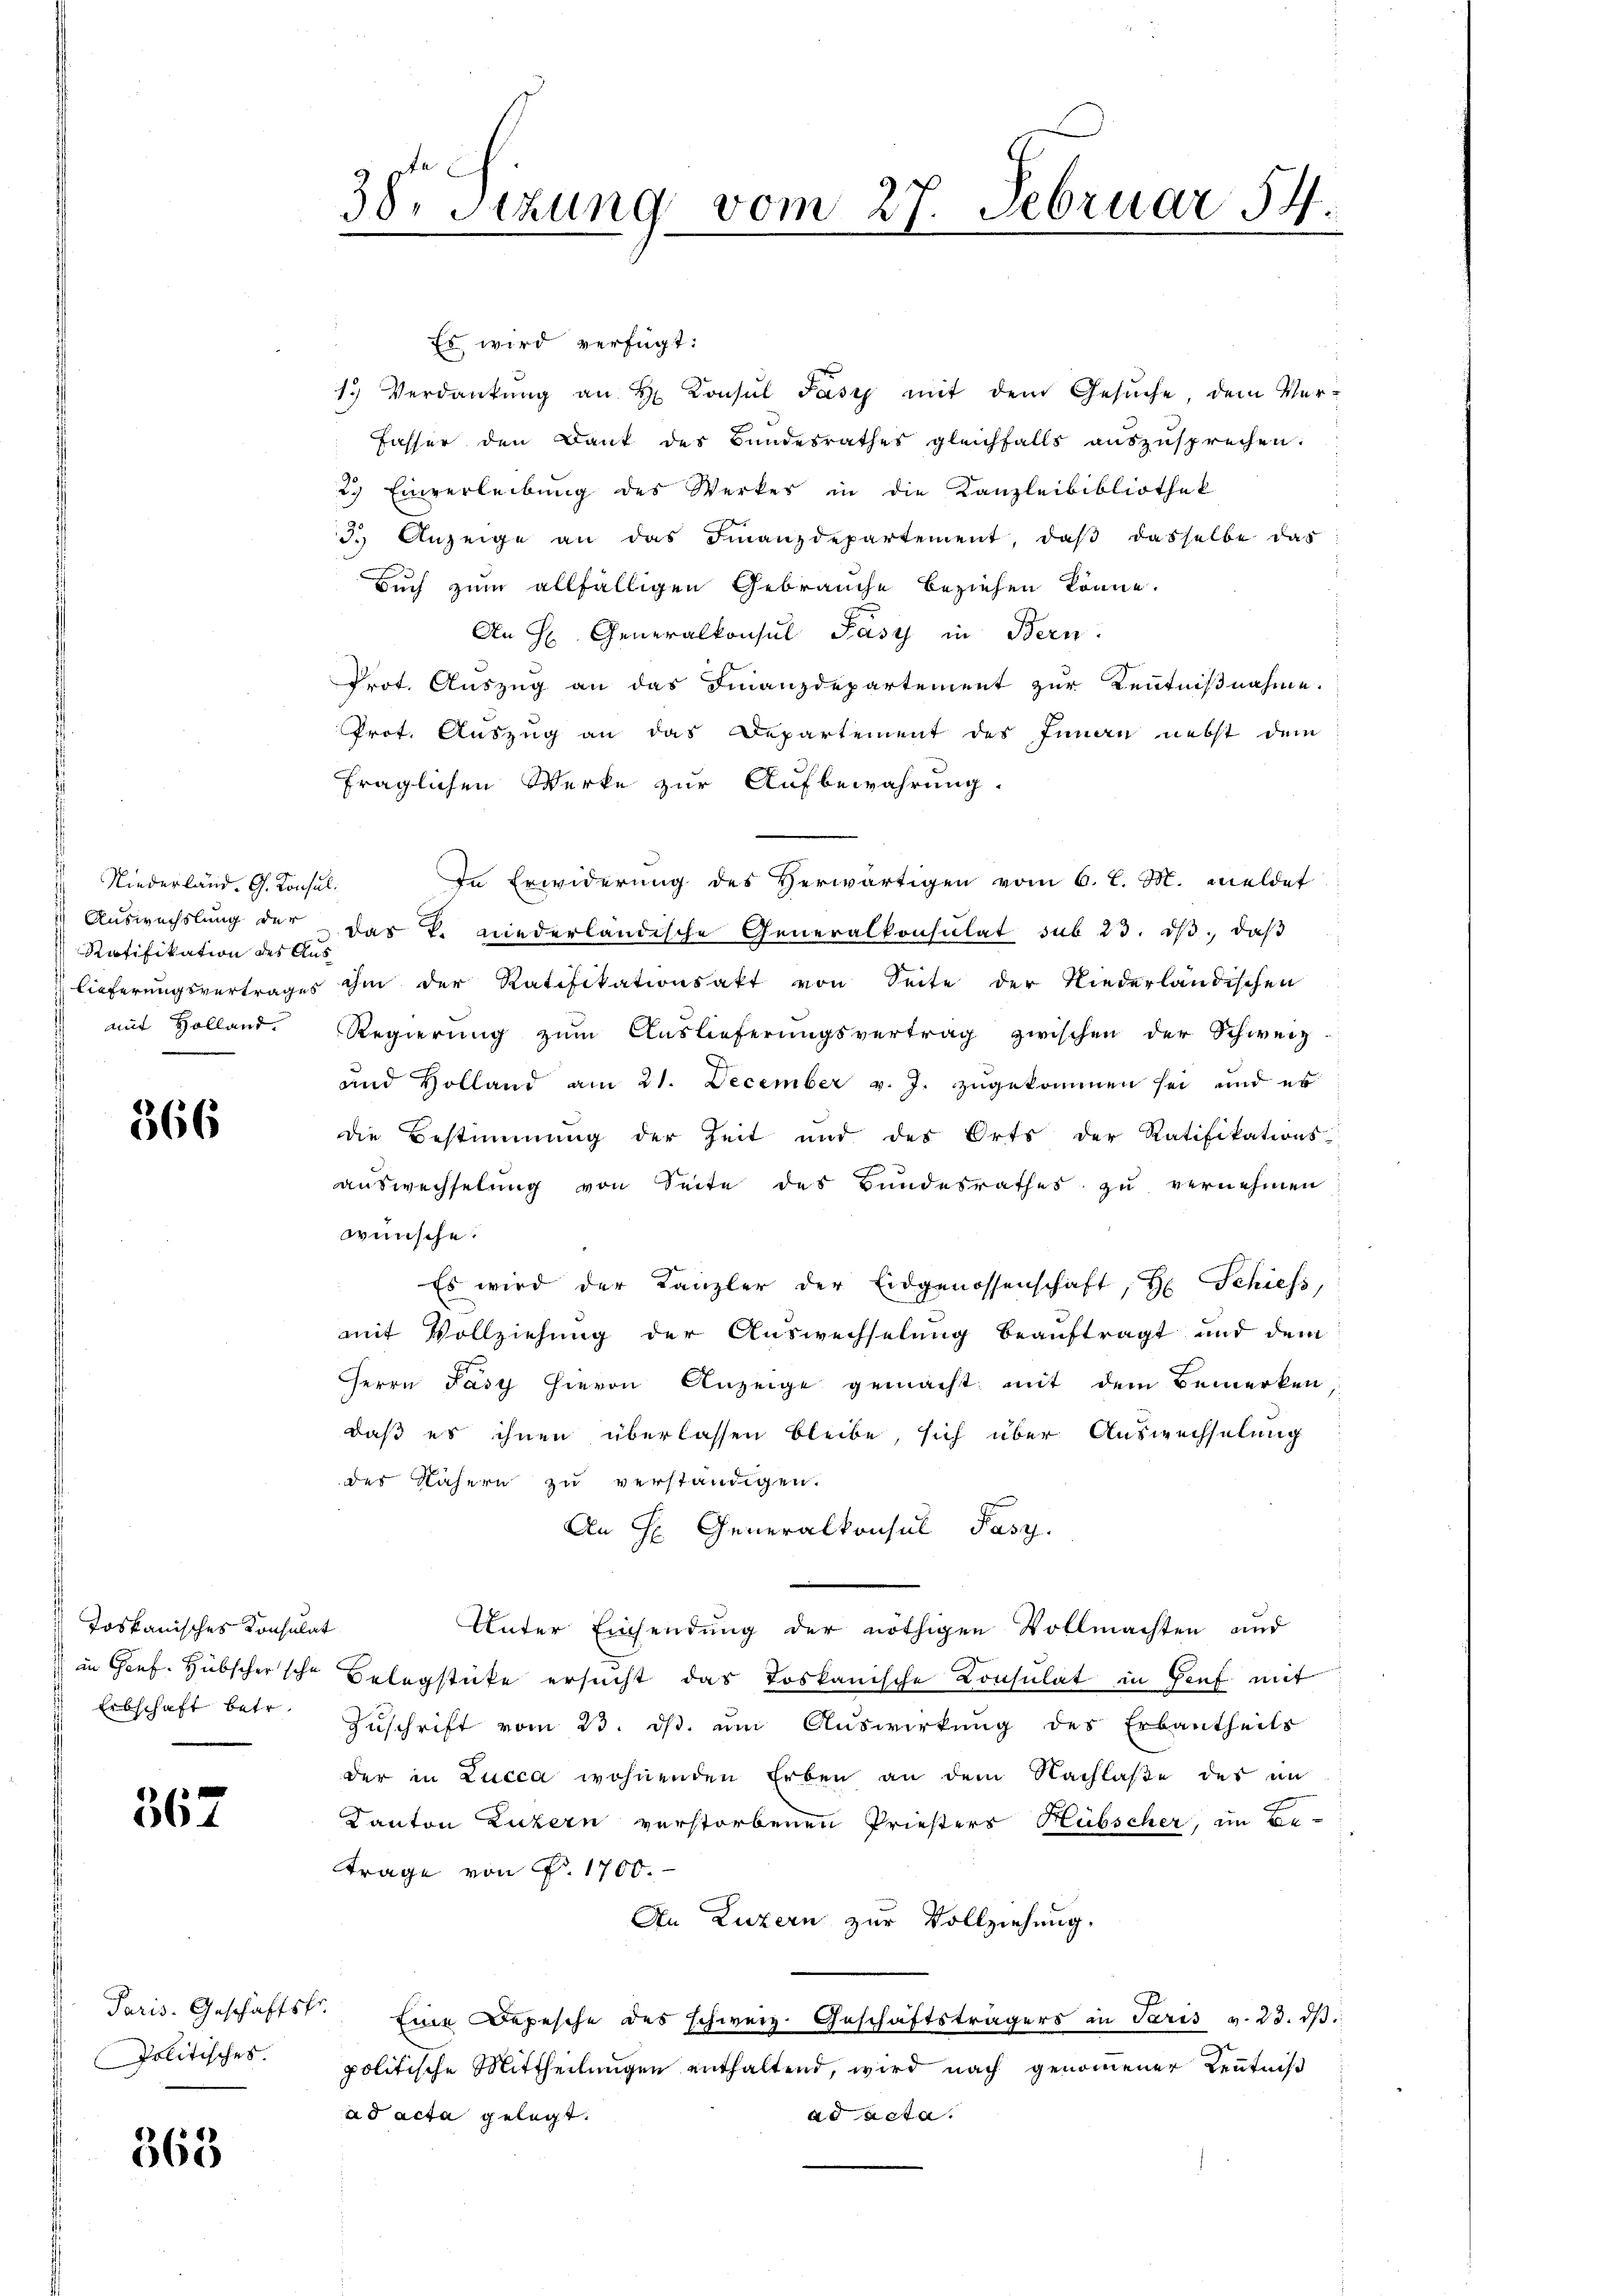
Niederland. G. Konsul¬
Ratifikation des Aus

366

Toskanisches Konsulat

367

Politisches.

363

Es wird verfügt:
13 Verdankung an H. Konsul Pasy mit dem Gesuche, dem Verfasser den Dank des Bundesrathes gleichfalls aŭszŭsprechen.
2) Einverleibung des Werkes in die Kanzleibibliothek
3. Anzeige an das Finanzdepartement, daβ dasselbe das
Buch zum allfälligen Gebrauche beziehen könne.
An H Generalkonsul Pasy in Bern.
Prot. Auszug an das Finanzdepartement zur Kenntnißnahme.
Prot. Auszug an das Departement des Innau nebst dem
fraglichen Werke zur Aufbewahrung.
In Erwiderung des Herwärtigen vom 6. l. M. meldet
Aŭswechslung der der k. niederländische Generalkonsulat sub 23. dβ. daβ
lieferŭngsvertrages ihm der Ratifikationsakt von Seite der Niederländischen
mit Holland. Regierŭng zŭm Aŭslieferŭngsvertrag zwischen der Schweiz.
und Holland am 21. December v. J. zugekommen sei, und es
die Bestimmung der Zeit und des Orts der Ratifikations-
auswechselung von Seite des Bundesrathes zu vernehmen
wünsche.
Es wird der Kanzler der Eidgenossenschaft, H. Schiess,
mit Vollziehung der Auswechselung beauftragt und dem
Herrn Pasy hievon Anzeige gemacht mit dem Bemerken,
daß es ihnen überlassen bleibe, sich über Auswechselung
des Nähern zu verständigen.
An H. Generalkonsul Fasz.
Unter Einsendung der nöthigen Vollmachten und
) in Genf. Hubschersche Belegstücke ersucht das Loskanische Consulat in Genf mit
Erbschaft betr. Zŭschrift vom 23. dβ. ŭm Aŭswirkung des Erbantheils
der in Lucca wohnenden Erben an dem Nachlaße des im
Kanton Luzern verstorbenen Priesters Hubscher, im Be-
trage von P. 1700.
An Luzern zur Vollziehung,
Paris. Geschäftst. Eine Depesche des schweiz. Geschäftsträgers in Paris v. 23. dβ
politische Mittheilungen enthaltend, wird nach genommener Kenntniß
ad acta gelegt.
ad acta.

38. Sizung vom 27. Februar 54.